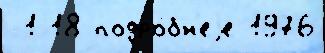
-1 18 подро́бн'еjе 1976